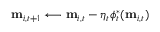
\mathbf { m } _ { i , t + 1 } \longleftarrow \mathbf { m } _ { i , t } - \eta _ { t } \phi _ { t } ^ { \ast } ( \mathbf { m } _ { i , t } )